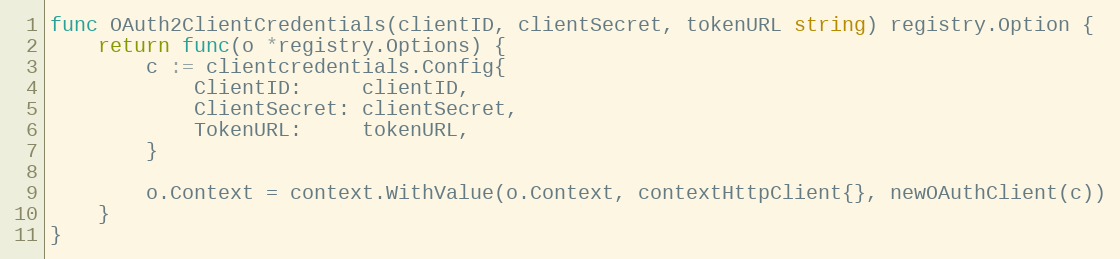
Language: Go
func OAuth2ClientCredentials(clientID, clientSecret, tokenURL string) registry.Option {
	return func(o *registry.Options) {
		c := clientcredentials.Config{
			ClientID:     clientID,
			ClientSecret: clientSecret,
			TokenURL:     tokenURL,
		}

		o.Context = context.WithValue(o.Context, contextHttpClient{}, newOAuthClient(c))
	}
}